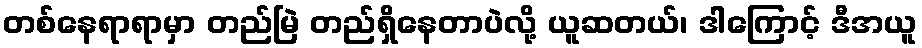
တစ်နေရာရာမှာ တည်မြဲ တည်ရှိနေတာပဲလို့ ယူဆတယ်၊ ဒါကြောင့် ဒီအယူ